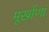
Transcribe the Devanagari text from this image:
मूर्खाणां